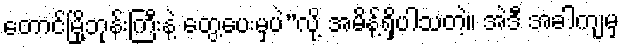
တောင်မြို့ဘုန်းကြီးနဲ့ တွေ့ပေးမှပဲ”လို့ အမိန့်ရှိပါသတဲ့။ အဲဒီ အခါကျမှ